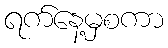
ရက်နေ့မှစကာ